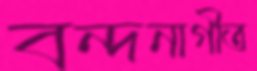
বন্দনাগীত